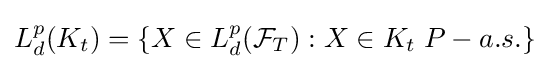
L_{d}^{p}(K_{t})=\{X\in L_{d}^{p}({\mathcal {F}}_{T}):X\in K_{t}\;P-a.s.\}